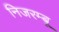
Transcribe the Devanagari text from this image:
निजरम्बू